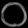
Digit: ၀